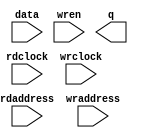
// This program was cloned from: https://github.com/cxdzyq1110/posture_recognition_CNN
// License: GNU General Public License v3.0

// megafunction wizard: %RAM: 2-PORT%VBB%
// GENERATION: STANDARD
// VERSION: WM1.0
// MODULE: altsyncram 

// ============================================================
// Megafunction Name(s):
// 			altsyncram
//
// Simulation Library Files(s):
// 			altera_mf
// ============================================================
// ************************************************************
// THIS IS A WIZARD-GENERATED FILE. DO NOT EDIT THIS FILE!
//
// 14.0.0 Build 200 06/17/2014 SJ Full Version
// ************************************************************

//Copyright (C) 1991-2014 Altera Corporation. All rights reserved.
//Your use of Altera Corporation's design tools, logic functions 
//and other software and tools, and its AMPP partner logic 
//functions, and any output files from any of the foregoing 
//(including device programming or simulation files), and any 
//associated documentation or information are expressly subject 
//to the terms and conditions of the Altera Program License 
//Subscription Agreement, the Altera Quartus II License Agreement,
//the Altera MegaCore Function License Agreement, or other 
//applicable license agreement, including, without limitation, 
//that your use is for the sole purpose of programming logic 
//devices manufactured by Altera and sold by Altera or its 
//authorized distributors.  Please refer to the applicable 
//agreement for further details.

module cnn_inst_ram (
	data,
	rdaddress,
	rdclock,
	wraddress,
	wrclock,
	wren,
	q);

	input	[127:0]  data;
	input	[10:0]  rdaddress;
	input	  rdclock;
	input	[10:0]  wraddress;
	input	  wrclock;
	input	  wren;
	output	[127:0]  q;
`ifndef ALTERA_RESERVED_QIS
// synopsys translate_off
`endif
	tri1	  wrclock;
	tri0	  wren;
`ifndef ALTERA_RESERVED_QIS
// synopsys translate_on
`endif

endmodule

// ============================================================
// CNX file retrieval info
// ============================================================
// Retrieval info: PRIVATE: ADDRESSSTALL_A NUMERIC "0"
// Retrieval info: PRIVATE: ADDRESSSTALL_B NUMERIC "0"
// Retrieval info: PRIVATE: BYTEENA_ACLR_A NUMERIC "0"
// Retrieval info: PRIVATE: BYTEENA_ACLR_B NUMERIC "0"
// Retrieval info: PRIVATE: BYTE_ENABLE_A NUMERIC "0"
// Retrieval info: PRIVATE: BYTE_ENABLE_B NUMERIC "0"
// Retrieval info: PRIVATE: BYTE_SIZE NUMERIC "8"
// Retrieval info: PRIVATE: BlankMemory NUMERIC "1"
// Retrieval info: PRIVATE: CLOCK_ENABLE_INPUT_A NUMERIC "0"
// Retrieval info: PRIVATE: CLOCK_ENABLE_INPUT_B NUMERIC "0"
// Retrieval info: PRIVATE: CLOCK_ENABLE_OUTPUT_A NUMERIC "0"
// Retrieval info: PRIVATE: CLOCK_ENABLE_OUTPUT_B NUMERIC "0"
// Retrieval info: PRIVATE: CLRdata NUMERIC "0"
// Retrieval info: PRIVATE: CLRq NUMERIC "0"
// Retrieval info: PRIVATE: CLRrdaddress NUMERIC "0"
// Retrieval info: PRIVATE: CLRrren NUMERIC "0"
// Retrieval info: PRIVATE: CLRwraddress NUMERIC "0"
// Retrieval info: PRIVATE: CLRwren NUMERIC "0"
// Retrieval info: PRIVATE: Clock NUMERIC "1"
// Retrieval info: PRIVATE: Clock_A NUMERIC "0"
// Retrieval info: PRIVATE: Clock_B NUMERIC "0"
// Retrieval info: PRIVATE: IMPLEMENT_IN_LES NUMERIC "0"
// Retrieval info: PRIVATE: INDATA_ACLR_B NUMERIC "0"
// Retrieval info: PRIVATE: INDATA_REG_B NUMERIC "0"
// Retrieval info: PRIVATE: INIT_FILE_LAYOUT STRING "PORT_B"
// Retrieval info: PRIVATE: INIT_TO_SIM_X NUMERIC "0"
// Retrieval info: PRIVATE: INTENDED_DEVICE_FAMILY STRING "Cyclone V"
// Retrieval info: PRIVATE: JTAG_ENABLED NUMERIC "0"
// Retrieval info: PRIVATE: JTAG_ID STRING "NONE"
// Retrieval info: PRIVATE: MAXIMUM_DEPTH NUMERIC "0"
// Retrieval info: PRIVATE: MEMSIZE NUMERIC "262144"
// Retrieval info: PRIVATE: MEM_IN_BITS NUMERIC "0"
// Retrieval info: PRIVATE: MIFfilename STRING ""
// Retrieval info: PRIVATE: OPERATION_MODE NUMERIC "2"
// Retrieval info: PRIVATE: OUTDATA_ACLR_B NUMERIC "0"
// Retrieval info: PRIVATE: OUTDATA_REG_B NUMERIC "1"
// Retrieval info: PRIVATE: RAM_BLOCK_TYPE NUMERIC "0"
// Retrieval info: PRIVATE: READ_DURING_WRITE_MODE_MIXED_PORTS NUMERIC "2"
// Retrieval info: PRIVATE: READ_DURING_WRITE_MODE_PORT_A NUMERIC "3"
// Retrieval info: PRIVATE: READ_DURING_WRITE_MODE_PORT_B NUMERIC "3"
// Retrieval info: PRIVATE: REGdata NUMERIC "1"
// Retrieval info: PRIVATE: REGq NUMERIC "1"
// Retrieval info: PRIVATE: REGrdaddress NUMERIC "1"
// Retrieval info: PRIVATE: REGrren NUMERIC "1"
// Retrieval info: PRIVATE: REGwraddress NUMERIC "1"
// Retrieval info: PRIVATE: REGwren NUMERIC "1"
// Retrieval info: PRIVATE: SYNTH_WRAPPER_GEN_POSTFIX STRING "0"
// Retrieval info: PRIVATE: USE_DIFF_CLKEN NUMERIC "0"
// Retrieval info: PRIVATE: UseDPRAM NUMERIC "1"
// Retrieval info: PRIVATE: VarWidth NUMERIC "0"
// Retrieval info: PRIVATE: WIDTH_READ_A NUMERIC "128"
// Retrieval info: PRIVATE: WIDTH_READ_B NUMERIC "128"
// Retrieval info: PRIVATE: WIDTH_WRITE_A NUMERIC "128"
// Retrieval info: PRIVATE: WIDTH_WRITE_B NUMERIC "128"
// Retrieval info: PRIVATE: WRADDR_ACLR_B NUMERIC "0"
// Retrieval info: PRIVATE: WRADDR_REG_B NUMERIC "0"
// Retrieval info: PRIVATE: WRCTRL_ACLR_B NUMERIC "0"
// Retrieval info: PRIVATE: enable NUMERIC "0"
// Retrieval info: PRIVATE: rden NUMERIC "0"
// Retrieval info: LIBRARY: altera_mf altera_mf.altera_mf_components.all
// Retrieval info: CONSTANT: ADDRESS_ACLR_B STRING "NONE"
// Retrieval info: CONSTANT: ADDRESS_REG_B STRING "CLOCK1"
// Retrieval info: CONSTANT: CLOCK_ENABLE_INPUT_A STRING "BYPASS"
// Retrieval info: CONSTANT: CLOCK_ENABLE_INPUT_B STRING "BYPASS"
// Retrieval info: CONSTANT: CLOCK_ENABLE_OUTPUT_B STRING "BYPASS"
// Retrieval info: CONSTANT: INTENDED_DEVICE_FAMILY STRING "Cyclone V"
// Retrieval info: CONSTANT: LPM_TYPE STRING "altsyncram"
// Retrieval info: CONSTANT: NUMWORDS_A NUMERIC "2048"
// Retrieval info: CONSTANT: NUMWORDS_B NUMERIC "2048"
// Retrieval info: CONSTANT: OPERATION_MODE STRING "DUAL_PORT"
// Retrieval info: CONSTANT: OUTDATA_ACLR_B STRING "NONE"
// Retrieval info: CONSTANT: OUTDATA_REG_B STRING "CLOCK1"
// Retrieval info: CONSTANT: POWER_UP_UNINITIALIZED STRING "FALSE"
// Retrieval info: CONSTANT: WIDTHAD_A NUMERIC "11"
// Retrieval info: CONSTANT: WIDTHAD_B NUMERIC "11"
// Retrieval info: CONSTANT: WIDTH_A NUMERIC "128"
// Retrieval info: CONSTANT: WIDTH_B NUMERIC "128"
// Retrieval info: CONSTANT: WIDTH_BYTEENA_A NUMERIC "1"
// Retrieval info: USED_PORT: data 0 0 128 0 INPUT NODEFVAL "data[127..0]"
// Retrieval info: USED_PORT: q 0 0 128 0 OUTPUT NODEFVAL "q[127..0]"
// Retrieval info: USED_PORT: rdaddress 0 0 11 0 INPUT NODEFVAL "rdaddress[10..0]"
// Retrieval info: USED_PORT: rdclock 0 0 0 0 INPUT NODEFVAL "rdclock"
// Retrieval info: USED_PORT: wraddress 0 0 11 0 INPUT NODEFVAL "wraddress[10..0]"
// Retrieval info: USED_PORT: wrclock 0 0 0 0 INPUT VCC "wrclock"
// Retrieval info: USED_PORT: wren 0 0 0 0 INPUT GND "wren"
// Retrieval info: CONNECT: @address_a 0 0 11 0 wraddress 0 0 11 0
// Retrieval info: CONNECT: @address_b 0 0 11 0 rdaddress 0 0 11 0
// Retrieval info: CONNECT: @clock0 0 0 0 0 wrclock 0 0 0 0
// Retrieval info: CONNECT: @clock1 0 0 0 0 rdclock 0 0 0 0
// Retrieval info: CONNECT: @data_a 0 0 128 0 data 0 0 128 0
// Retrieval info: CONNECT: @wren_a 0 0 0 0 wren 0 0 0 0
// Retrieval info: CONNECT: q 0 0 128 0 @q_b 0 0 128 0
// Retrieval info: GEN_FILE: TYPE_NORMAL cnn_inst_ram.v TRUE
// Retrieval info: GEN_FILE: TYPE_NORMAL cnn_inst_ram.inc FALSE
// Retrieval info: GEN_FILE: TYPE_NORMAL cnn_inst_ram.cmp FALSE
// Retrieval info: GEN_FILE: TYPE_NORMAL cnn_inst_ram.bsf FALSE
// Retrieval info: GEN_FILE: TYPE_NORMAL cnn_inst_ram_inst.v FALSE
// Retrieval info: GEN_FILE: TYPE_NORMAL cnn_inst_ram_bb.v TRUE
// Retrieval info: LIB_FILE: altera_mf